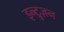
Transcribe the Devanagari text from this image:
इन्ट्रुज़न